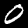
Label: 0